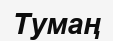
Тумаң